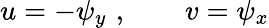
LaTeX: u=-\psi_{y}\, \, ,\qquad v=\psi_{x}